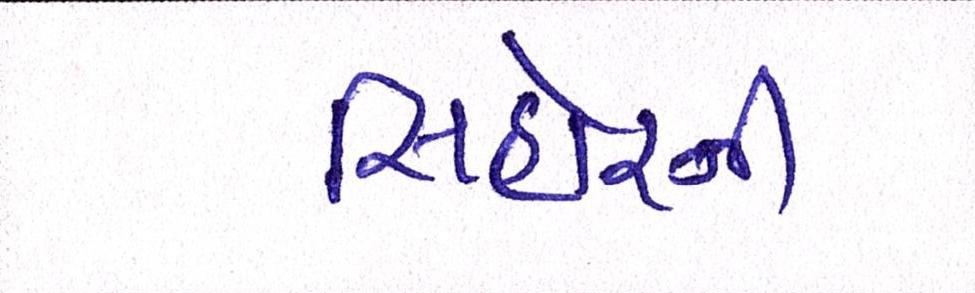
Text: સિહોરની